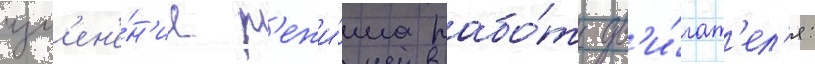
изм'ен'е́н'ие р'ежи́ма рабо́ты дв'и́гат'ел'я: